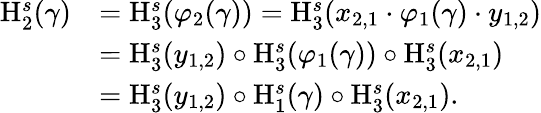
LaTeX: \begin{array}{rl}{\mathrm{H}_{2}^{s}(\gamma)}&{=\mathrm{H}_{3}^{s}(\varphi_{2}(\gamma))=\mathrm{H}_{3}^{s}(x_{2,1}\cdot\varphi_{1}(\gamma)\cdot y_{1,2})}\\ &{=\mathrm{H}_{3}^{s}(y_{1,2})\circ\mathrm{H}_{3}^{s}(\varphi_{1}(\gamma))\circ\mathrm{H}_{3}^{s}(x_{2,1})}\\ &{=\mathrm{H}_{3}^{s}(y_{1,2})\circ\mathrm{H}_{1}^{s}(\gamma)\circ\mathrm{H}_{3}^{s}(x_{2,1}).}\end{array}